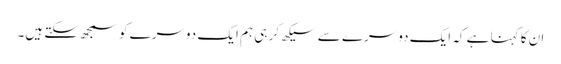
ان کا کہنا ہے کہ ایک دوسرے سے سیکھ کر ہی ہم ایک دوسرے کو سمجھ سکتے ہیں۔